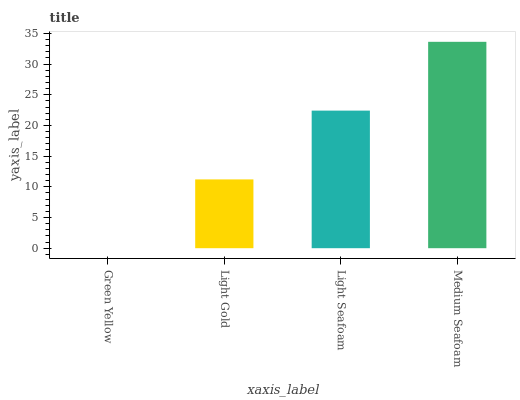
| xaxis_label | bars |
 | --- | --- |
 | Green Yellow | 0 |
 | Light Gold | 11.2 |
 | Light Seafoam | 22.4 |
 | Medium Seafoam | 33.6 |